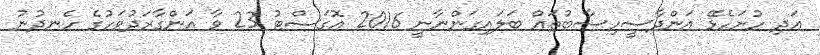
އަދި ހުށަހެޅޭ އަންދާސީހިސާބުތައް ބަލައިގަންނާނީ 2016 އޮގަސްޓު 23 ވާ އަންގާރަދުވަހުގެ ހެނދުނު